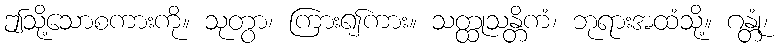
ဤသို့သောစကားကို။ သုတွာ၊ ကြား၍ကား။ သတ္ထုသန္တိကံ၊ ဘုရားအထံသို့။ ဂန္တုံ၊